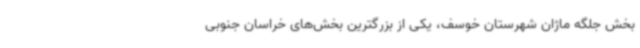
بخش جلگه ماژان شهرستان خوسف، یکی از بزرگترین بخش‌های خراسان جنوبی